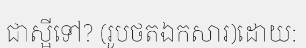
ជាស្អីទៅ? (រូបថតឯកសារ)ដោយ: